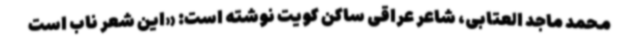
محمد ماجد العتابی، شاعر عراقی ساکن کویت نوشته است: «این شعر ناب است